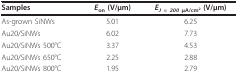
<table><thead><tr><td><b>Samples</b></td><td><b><i>E</i><sub>on </sub>(V/μm)</b></td><td><b><i>E</i><sub><i>J = 200 </i>μA/cm<sup>2 </sup></sub>(V/μm)</b></td></tr></thead><tbody><tr><td>As-grown SiNWs</td><td>5.01</td><td>6.25</td></tr><tr><td>Au20/SiNWs</td><td>6.02</td><td>7.73</td></tr><tr><td>Au20/SiNWs 500°C</td><td>3.37</td><td>4.53</td></tr><tr><td>Au20/SiNWs 650°C</td><td>2.25</td><td>2.88</td></tr><tr><td>Au20/SiNWs 800°C</td><td>1.95</td><td>2.79</td></tr></tbody></table>